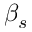
\beta _ { s }